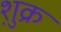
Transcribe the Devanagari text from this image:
शु़क्र